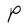
Character: r